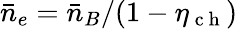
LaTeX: \bar{n}_{e}=\bar{n}_{B}/(1-\eta_{\mathrm{~c~h~}})